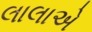
લાલાએ